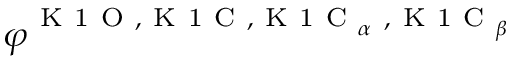
\varphi ^ { \mathrm { ~ K ~ 1 ~ O ~ , ~ K ~ 1 ~ C ~ , ~ K ~ 1 ~ C ~ } _ { \alpha } \mathrm { ~ , ~ K ~ 1 ~ C ~ } _ { \beta } }